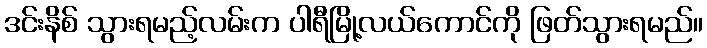
ဒင်းနိစ် သွားရမည့်လမ်းက ပါရီမြို့လယ်ကောင်ကို ဖြတ်သွားရမည်။